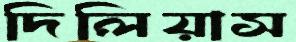
দিলিয়াস